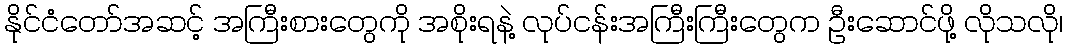
နိုင်ငံတော်အဆင့် အကြီးစားတွေကို အစိုးရနဲ့ လုပ်ငန်းအကြီးကြီးတွေက ဦးဆောင်ဖို့ လိုသလို၊